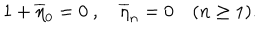
LaTeX: 1 + \overline { { { \eta } } } _ { 0 } = 0 \ , \quad \overline { { { \eta } } } _ { n } = 0 \quad ( n \ge 1 ) .